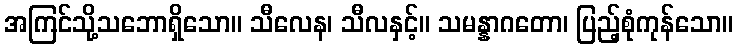
အကြင်သို့သဘောရှိသော။ သီလေန၊ သီလနှင့်။ သမန္နာဂတော၊ ပြည့်စုံကုန်သော။